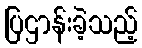
ပြဌာန်းခဲ့သည့်